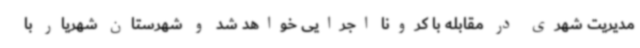
مدیریت شهری در مقابله با کرونا اجرایی خواهد شد و شهرستان شهریار با